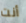
أنت